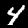
Label: 4